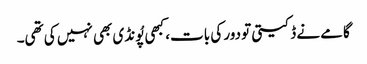
گامے نے ڈکیتی تو دور کی بات، کبھی پُونڈی بھی نہیں کی تھی۔